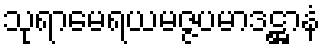
သုရာမေရယမဇ္ဇပမာဒဋ္ဌာနံ